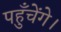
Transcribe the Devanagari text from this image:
पहुँचेंगे।